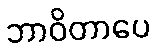
ဘာဝိတာပေ